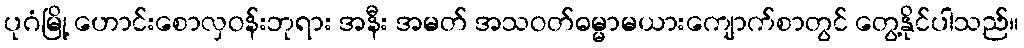
ပုဂံမြို့ ဟောင်းစောလှဝန်းဘုရား အနီး အမတ် အသဝတ်ဓမ္မာမယားကျောက်စာတွင် တွေ့နိုင်ပါသည်။